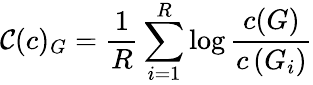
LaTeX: \mathcal{C}(c)_{G}=\frac{1}{R}\sum_{i=1}^{R}\log\frac{c(G)}{c\left(G_{i}\right)}